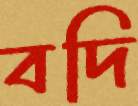
বদি